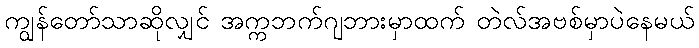
ကျွန်တော်သာဆိုလျှင် အက္ကဘက်ဂျဘားမှာထက် တဲလ်အဗစ်မှာပဲနေမယ်